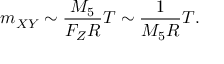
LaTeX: m _ { X Y } \sim { \frac { M _ { 5 } } { F _ { Z } R } } T \sim { \frac { 1 } { M _ { 5 } R } } T .